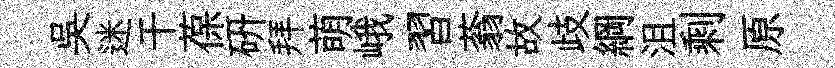
吴迷干葆硏拜萌峨習蓊故歧綱沮剩原